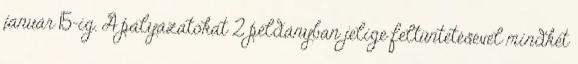
január 15-ig. A pályázatokat 2 példányban jelige feltüntetésével mindkét